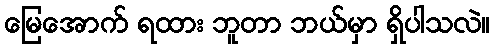
မြေအောက် ရထား ဘူတာ ဘယ်မှာ ရှိပါသလဲ။